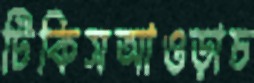
টিকিসআওড়াচ